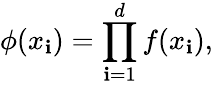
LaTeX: \phi(x_{\mathbf{i}})=\prod_{\mathbf{i}=1}^{d}f(x_{\mathbf{i}}),